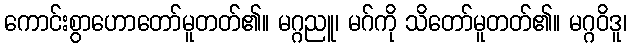
ကောင်းစွာဟောတော်မူတတ်၏။ မဂ္ဂညူ၊ မဂ်ကို သိတော်မူတတ်၏။ မဂ္ဂဝိဒူ၊